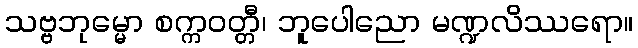
သဗ္ဗဘုမ္မော စက္ကဝတ္တီ၊ ဘူပေါညော မဏ္ဍလိဿရော။